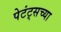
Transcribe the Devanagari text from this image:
पेटंट्सच्या